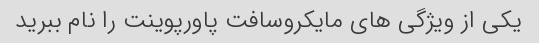
یکی از ویژگی های مایکروسافت پاورپوینت را نام ببرید